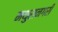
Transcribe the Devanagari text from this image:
मथुरानगरी